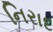
નિરાદ